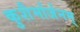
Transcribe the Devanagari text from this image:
कुशैर्मार्जनम्